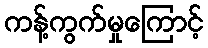
ကန့်ကွက်မှုကြောင့်